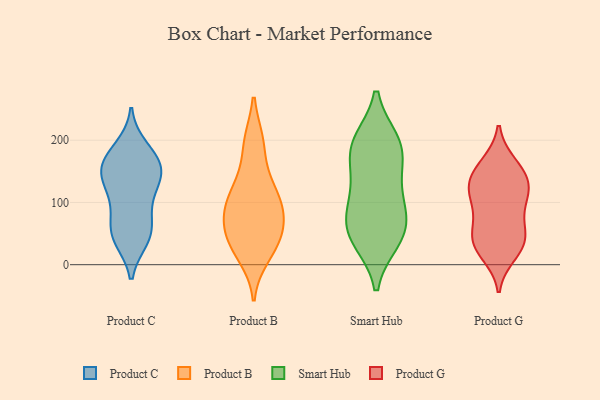
{"axis": {"x": "Operating Costs (USD K)", "y": "Value"}, "legend": ["Product B", "Product C", "Product G", "Smart Hub"], "data": [{"x": "", "y": 176, "type": "Product C"}, {"x": "", "y": 115, "type": "Product C"}, {"x": "", "y": 47, "type": "Product C"}, {"x": "", "y": 115, "type": "Product C"}, {"x": "", "y": 150, "type": "Product C"}, {"x": "", "y": 187, "type": "Product C"}, {"x": "", "y": 144, "type": "Product C"}, {"x": "", "y": 48, "type": "Product C"}, {"x": "", "y": 148, "type": "Product C"}, {"x": "", "y": 164, "type": "Product C"}, {"x": "", "y": 57, "type": "Product C"}, {"x": "", "y": 83, "type": "Product C"}, {"x": "", "y": 155, "type": "Product C"}, {"x": "", "y": 42, "type": "Product C"}, {"x": "", "y": 90, "type": "Product B"}, {"x": "", "y": 35, "type": "Product B"}, {"x": "", "y": 54, "type": "Product B"}, {"x": "", "y": 102, "type": "Product B"}, {"x": "", "y": 29, "type": "Product B"}, {"x": "", "y": 15, "type": "Product B"}, {"x": "", "y": 75, "type": "Product B"}, {"x": "", "y": 196, "type": "Product B"}, {"x": "", "y": 196, "type": "Product B"}, {"x": "", "y": 54, "type": "Product B"}, {"x": "", "y": 125, "type": "Product B"}, {"x": "", "y": 92, "type": "Product B"}, {"x": "", "y": 130, "type": "Product B"}, {"x": "", "y": 196, "type": "Smart Hub"}, {"x": "", "y": 184, "type": "Smart Hub"}, {"x": "", "y": 41, "type": "Smart Hub"}, {"x": "", "y": 193, "type": "Smart Hub"}, {"x": "", "y": 182, "type": "Smart Hub"}, {"x": "", "y": 85, "type": "Smart Hub"}, {"x": "", "y": 65, "type": "Smart Hub"}, {"x": "", "y": 45, "type": "Smart Hub"}, {"x": "", "y": 56, "type": "Smart Hub"}, {"x": "", "y": 117, "type": "Smart Hub"}, {"x": "", "y": 127, "type": "Smart Hub"}, {"x": "", "y": 25, "type": "Product G"}, {"x": "", "y": 162, "type": "Product G"}, {"x": "", "y": 92, "type": "Product G"}, {"x": "", "y": 57, "type": "Product G"}, {"x": "", "y": 17, "type": "Product G"}, {"x": "", "y": 39, "type": "Product G"}, {"x": "", "y": 71, "type": "Product G"}, {"x": "", "y": 122, "type": "Product G"}, {"x": "", "y": 111, "type": "Product G"}, {"x": "", "y": 130, "type": "Product G"}, {"x": "", "y": 140, "type": "Product G"}, {"x": "", "y": 37, "type": "Product G"}, {"x": "", "y": 137, "type": "Product G"}, {"x": "", "y": 109, "type": "Product G"}, {"x": "", "y": 161, "type": "Product G"}, {"x": "", "y": 39, "type": "Product G"}]}